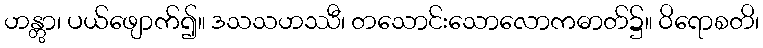
ဟန္တွာ၊ ပယ်ဖျောက်၍။ ဒသသဟဿီ၊ တသောင်းသောလောကဓာတ်၌။ ဝိရောစတိ၊